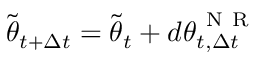
\tilde { { \boldsymbol { \theta } } } _ { t + \Delta t } = \tilde { { \boldsymbol { \theta } } } _ { t } + d { \boldsymbol { \theta } } _ { t , \Delta t } ^ { \mathrm { ~ N ~ R ~ } }